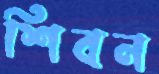
শিবন